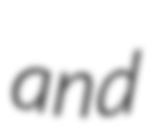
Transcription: and